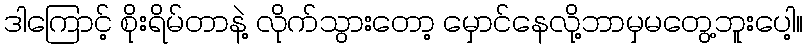
ဒါကြောင့် စိုးရိမ်တာနဲ့ လိုက်သွားတော့ မှောင်နေလို့ဘာမှမတွေ့ဘူးပေါ့။